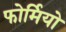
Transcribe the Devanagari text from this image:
फोर्मियो